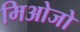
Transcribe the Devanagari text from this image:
मिओजो